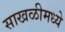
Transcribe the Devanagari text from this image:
साखळीमध्ये